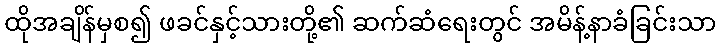
ထိုအချိန်မှစ၍ ဖခင်နှင့်သားတို့၏ ဆက်ဆံရေးတွင် အမိန့်နာခံခြင်းသာ